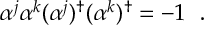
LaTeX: \alpha ^ { j } \alpha ^ { k } ( \alpha ^ { j } ) ^ { \dagger } ( \alpha ^ { k } ) ^ { \dagger } = - 1 ~ ~ .